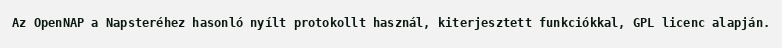
Az OpenNAP a Napsteréhez hasonló nyílt protokollt használ, kiterjesztett funkciókkal, GPL licenc alapján.